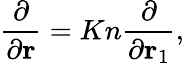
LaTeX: \frac{\partial}{{\partial{\mathbf{r}}}}=Kn\frac{\partial}{{\partial{{\mathbf{r}}_{1}}}},